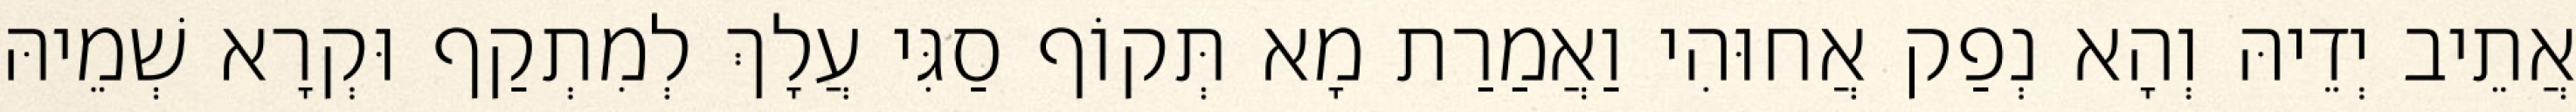
אֲתֵיב יְדֵיהּ וְהָא נְפַק אֲחוּהִי וַאֲמַרַת מָא תְּקוֹף סַגִּי עֲלָךְ לְמִתְקַף וּקְרָא שְׁמֵיהּ